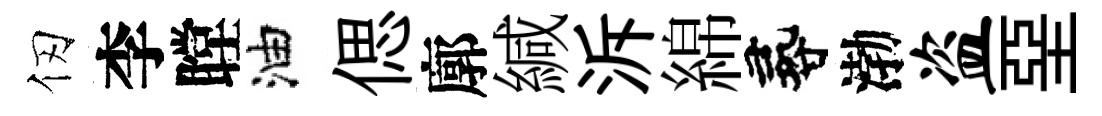
仞李瞠油偲廓緘泝綿尋渤盗堊